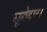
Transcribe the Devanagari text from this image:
सूबेदार।